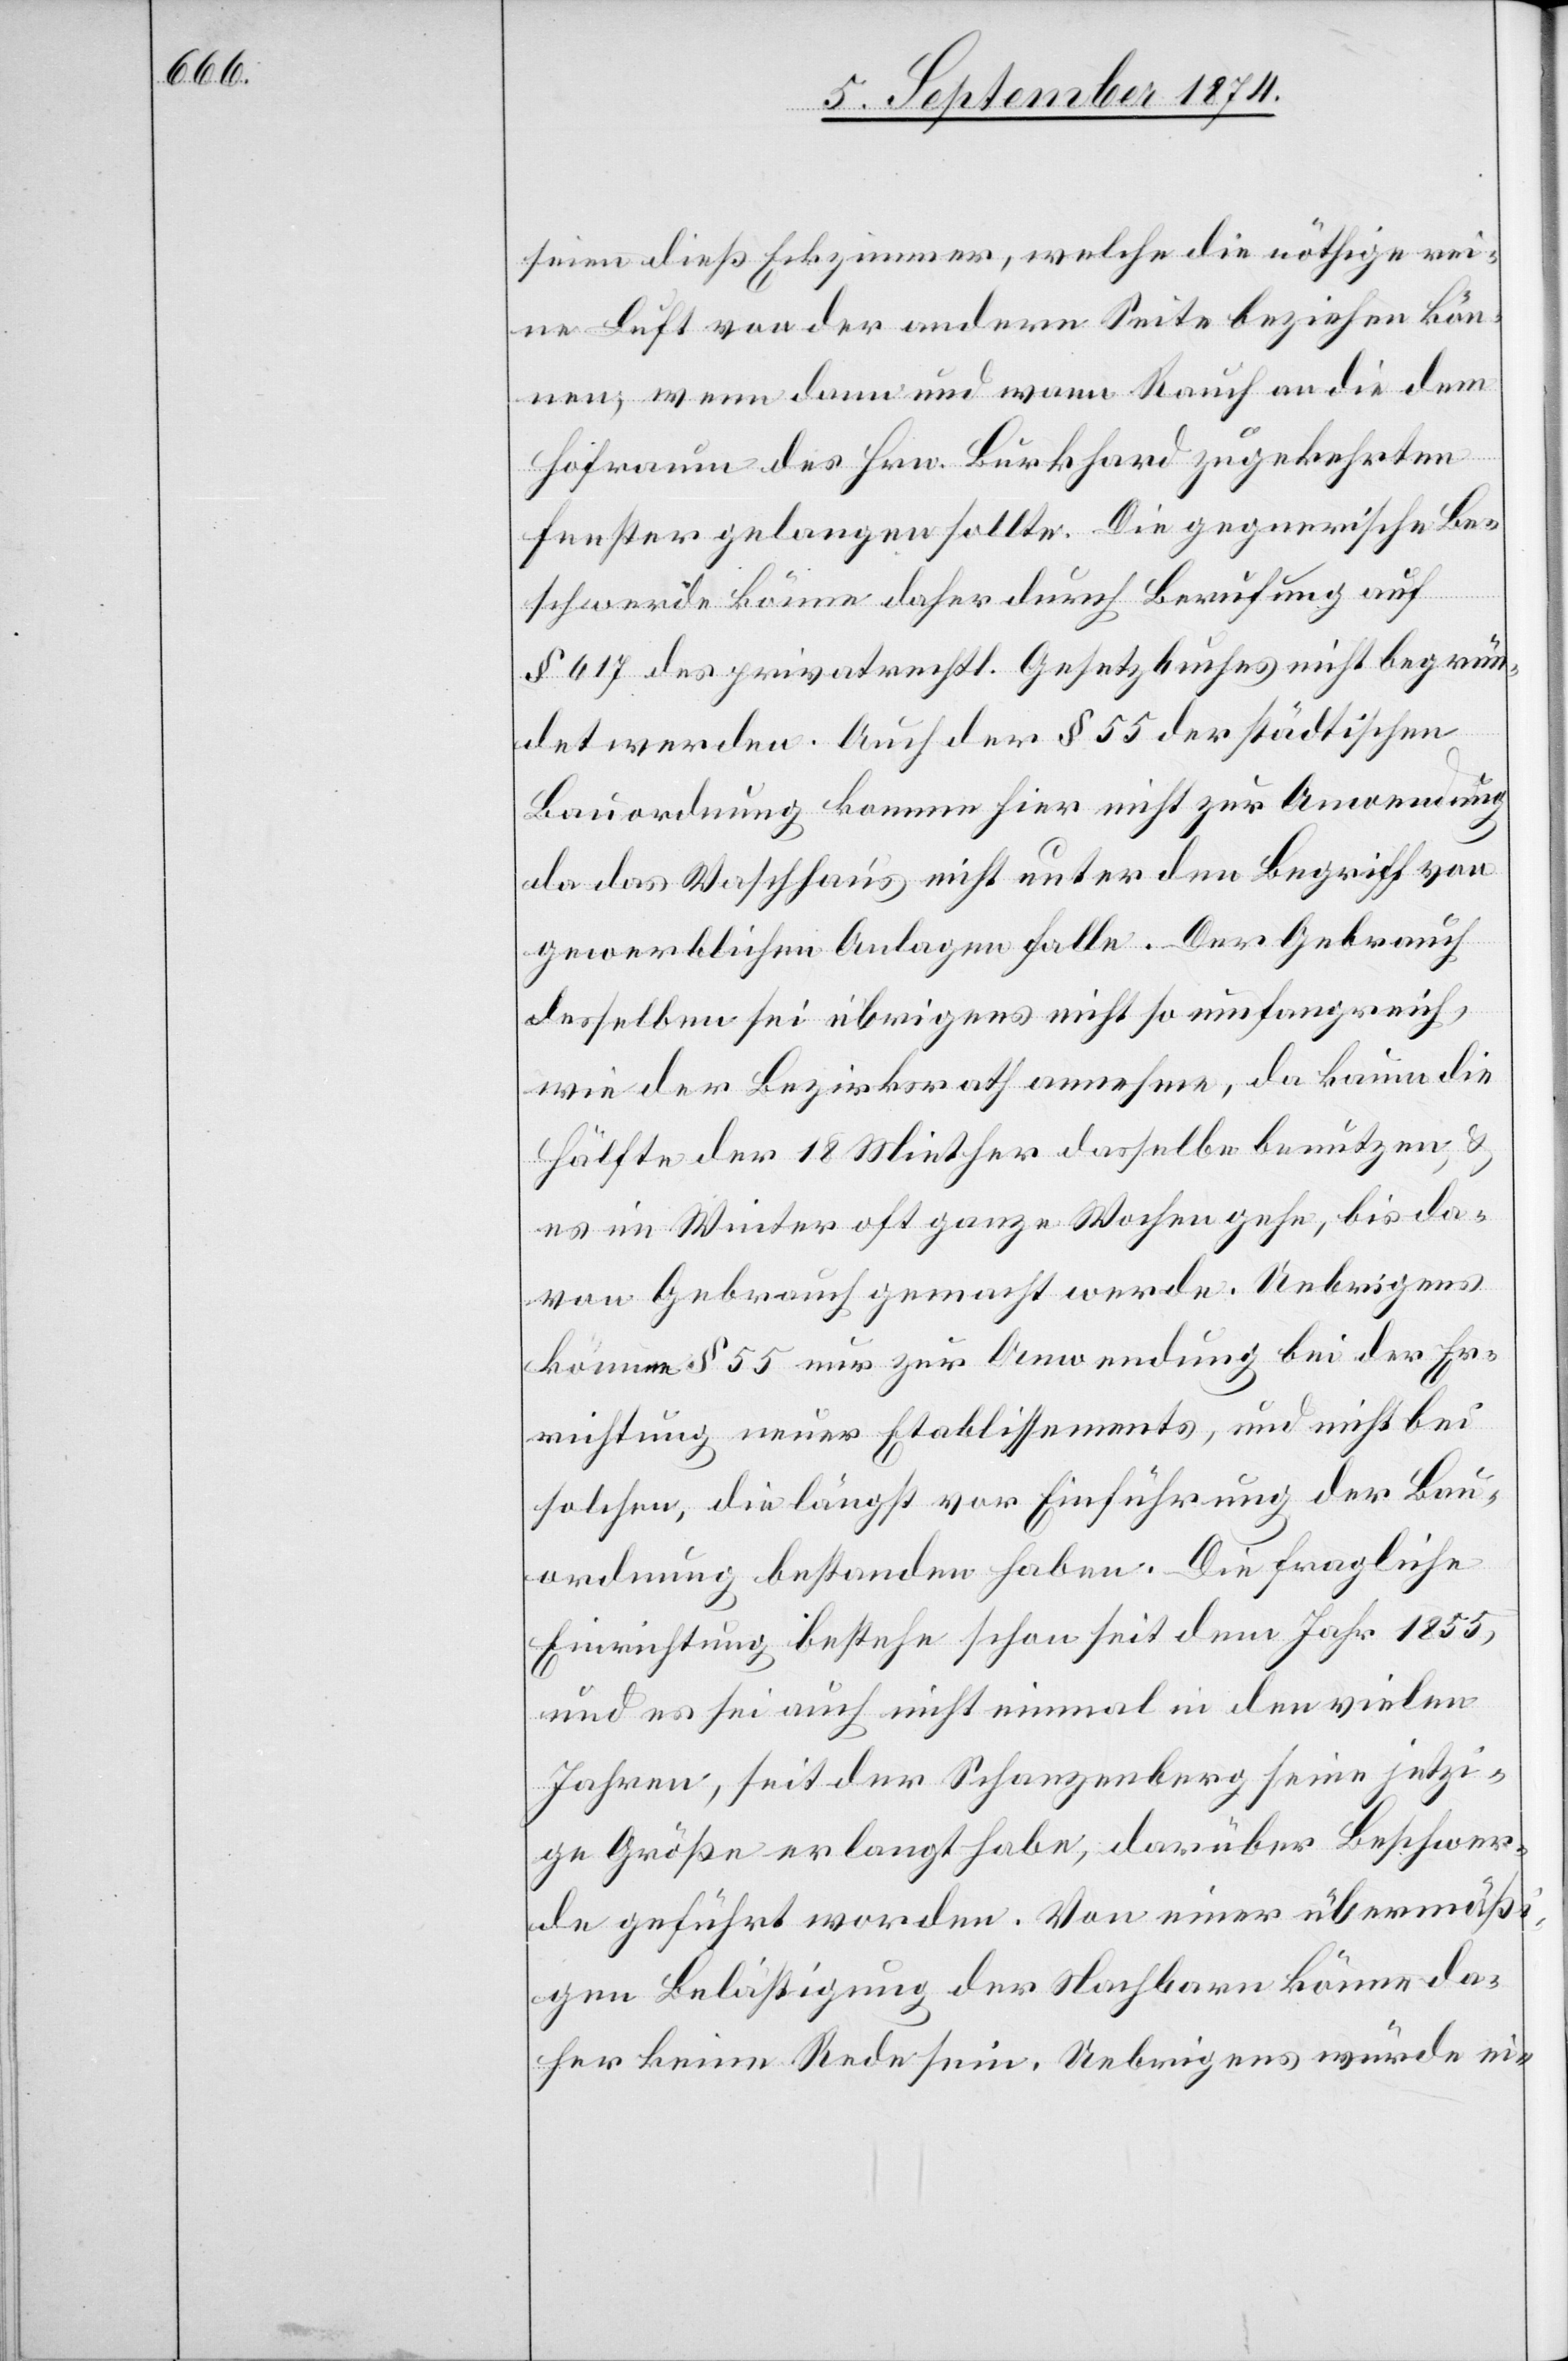
seien dieß Eckzimmer, welche die nöthige rei¬
ne Luft von der andern Seite beziehen kön¬
nen, wenn dann und wann Rauch an die dem
Hofraume des Hrn. Burkhard zugekehrten
Fenster gelangen sollte. Die gegnerische Be¬
schwerde könne daher durch Berufung auf
§ 617 des privatrechtl. Gesetzbuches nicht begrün¬
det werden. Auch der § 55 der städtischen
Bauordnung kommen hier nicht zur Anwendung
da das Waschhaus nicht unter den Begriff von
gewerblichen Anlagen falle. Der Gebrauch
desselben sei übrigens nicht so umfangreich,
wie der Bezirksrath annehme, da kaum die
Hälfte der 18 Miether dasselbe benutzen u.
es im Winter oft ganze Wochen gehe, bis da¬
von Gebrauch gemacht werde. Uebrigens
könne § 55 nur zur Anwendung bei der Er¬
richtung neuer Etablissements, und nicht bei
solchen, die längst vor Einführung der Bau¬
ordnung bestanden haben. Die fragliche
Einrichtung bestehe schon seit dem Jahr 1855,
und es sei auch nicht einmal in den vielen
Jahren, seit der Schanzenberg seine jetzi¬
ge Größe erlangt habe, darüber Beschwer¬
de geführt worden. Von einer übermäß¬
igen Belästigung der Nachbarn könne da¬
her keine Rede sein. Uebrigens würde ei-